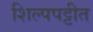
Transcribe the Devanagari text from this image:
शिल्पपट्टीत